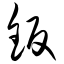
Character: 钣